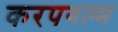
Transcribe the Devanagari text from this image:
करपगल्म